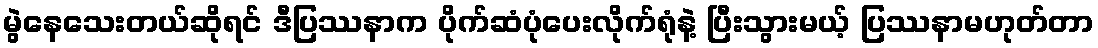
မွဲနေသေးတယ်ဆိုရင် ဒီပြဿနာက ပိုက်ဆံပုံပေးလိုက်ရုံနဲ့ ပြီးသွားမယ့် ပြဿနာမဟုတ်တာ